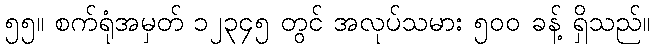
၅၅။ စက်ရုံအမှတ် ၁၂၃၄၅ တွင် အလုပ်သမား ၅၀၀ ခန့် ရှိသည်။